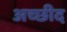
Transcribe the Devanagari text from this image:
अच्छीद